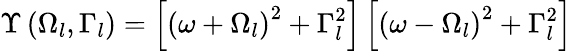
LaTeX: {\Upsilon\left({{\Omega}_{l}},{{\Gamma}_{l}}\right)=\left[{{\left(\omega+{{\Omega}_{l}}\right)}^{2}}+\Gamma_{l}^{2}\right]\left[{{\left(\omega-{{\Omega}_{l}}\right)}^{2}}+\Gamma_{l}^{2}\right]}